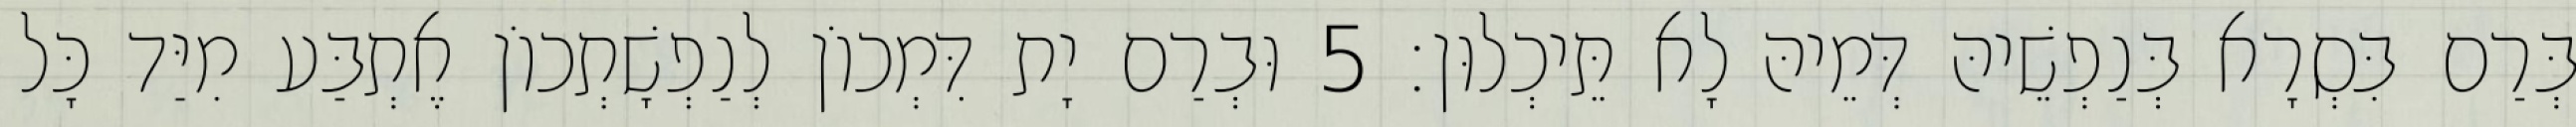
בְּרַם בִּסְרָא בְּנַפְשֵׁיהּ דְּמֵיהּ לָא תֵּיכְלוּן׃ 5 וּבְרַם יָת דִּמְכוֹן לְנַפְשָׁתְכוֹן אֶתְבַּע מִיַּד כָּל